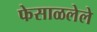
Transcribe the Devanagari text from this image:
फेसाळलेले